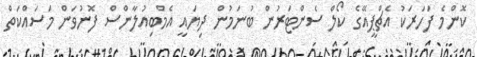
ކޮންމެ ފަހަރަކު އެޗްޕީއޭގެ ކޯލް ސެންޓަރުން ބުނަމުން ދިޔައީ އެމްބިއުލާންސް ފޮނުވަން މަސައްކަތް